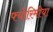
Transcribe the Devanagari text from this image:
फ्योरिमीया